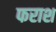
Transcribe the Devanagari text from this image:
फराश